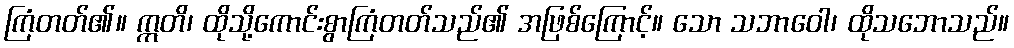
ကြံတတ်၏။ ဣတိ၊ ထိုသို့ကောင်းစွာကြံတတ်သည်၏ အဖြစ်ကြောင့်။ သော သဘာဝေါ၊ ထိုသဘောသည်။